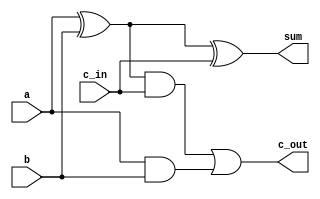
module FA(a, b, c_in, sum, c_out);
	input a, b, c_in;
	output sum, c_out;
	wire c, d, e;
	

	xor xor1(c, a, b);
	xor xor2(sum, c, c_in);
	and and1(d, c, c_in);
	and and2(e, a, b);
	or or1(c_out, d, e);

endmodule